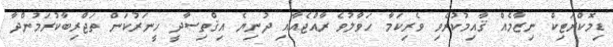
ޑިމޮކްރަޓިކް ނިޒާމެއް ޤާއިމުކުރެވި ވެރިކަމާ ހަވާލުވެ ރާއްޖެއާއި ދުނިޔެ އިޤްތިސާދީ ހީނަރުކަން ތަޖްރިބާކުރަމުންދާ